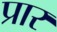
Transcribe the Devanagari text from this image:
प्रार